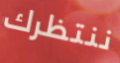
ننتظرك